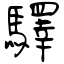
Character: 驛